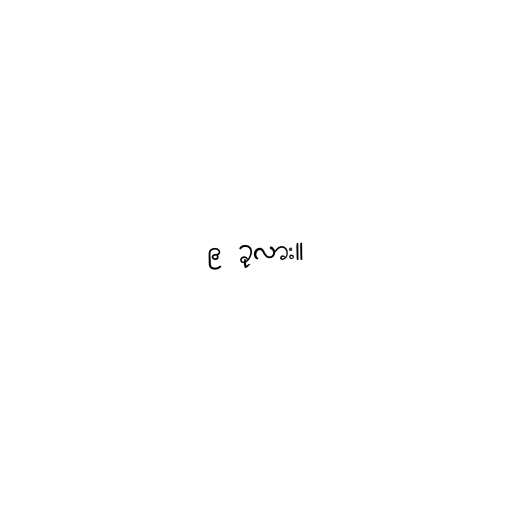
၉ ခုလား။